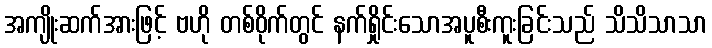
အကျိုးဆက်အားဖြင့် ဗဟို တစ်ဝိုက်တွင် နက်ရှိုင်းသောအပူစီးကူးခြင်းသည် သိသိသာသာ